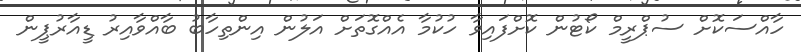
ހާއްސަކޮށް ސުޕްރީމް ކޯޓުން ކޮށްފައިވާ ހުކުމާ އެއްގޮތަށް އަލުން އިންތިހާބު ބާއްވާއިރު ޑީއާރުޕީން